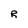
Character: R